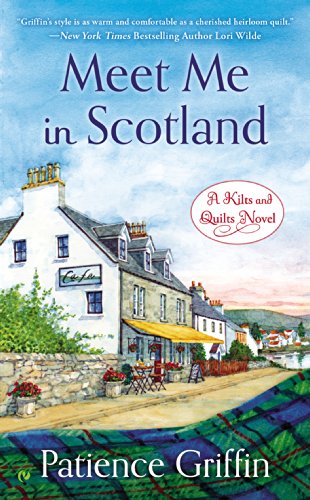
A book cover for Meet Me in Scotland: A Kilts and Quilts Novel; Patience Griffin; Romance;